Punjab Mental Hospital Lahore 1932-46 - 1932-1946
Year: 1932
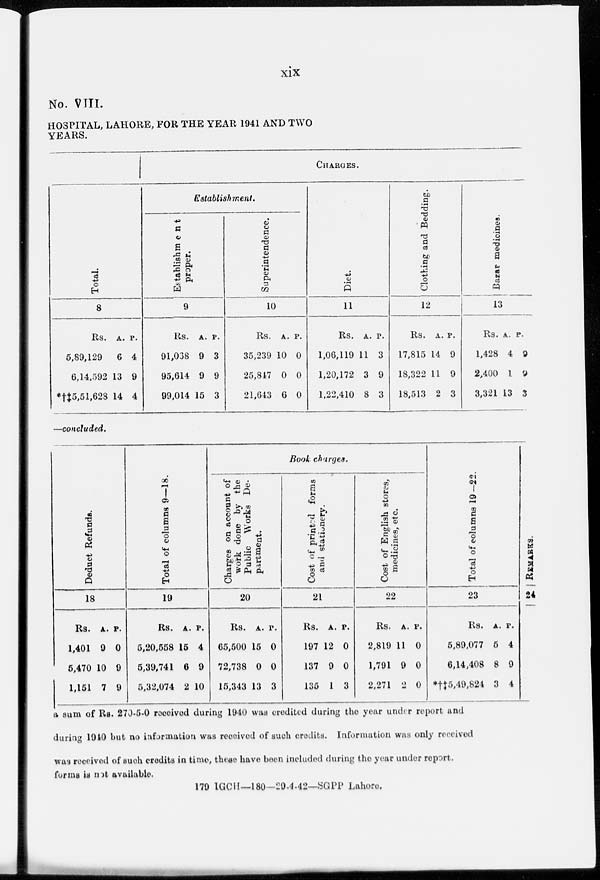
xix
No. VIII.
HOSPITAL, LAHORE, FOR THE YEAR 1941 AND TWO
YEARS.
Total.
8
Rs.
5,89,129
6,14,592
*†‡5,51,628
A.
6
13
14
P.
4
9
4
CHARGES.
Establishment.
Establishment
proper.
9
Rs.
91,038
95,614
99,014
A.
9
9
15
P.
3
9
3
Superintendence.
10
Rs.
35,239
25,847
21,643
A.
10
0
6
P.
0
0
0
Diet.
11
Rs.
1,06,119
1,20,172
1,22,410
A.
11
3
8
P.
3
9
3
Clothing and Bedding.
12
Rs.
17,815
18,322
18,513
A.
14
11
2
P.
9
9
3
Bazar medicines.
13
Rs.
1,428
2,400
3,321
A.
4
1
13
P.
9
9
3
—concluded.
Deduct Refunds.
18
Rs.
1,401
5,470
1,151
A.
9
10
7
P.
0
9
9
Total of columns 9—18.
19
Rs.
5,20,558
5,39,741
5,32,074
A.
15
6
2
P.
4
9
10
Book charges.
Charges
on account of
work done by the
Public Works De-
partment.
20
Rs.
65,500
72,738
15,343
A.
15
0
13
P.
0
0
3
Cost of printed forms
and stationery.
21
Rs.
197
137
135
A.
12
9
1
P.
0
0
3
Cost of English stores,
medicines, etc.
22
Rs.
2,819
1,791
2,271
A.
11
9
2
P.
0
0
0
Total of columns 19—22.
23
Rs.
5,89,077
6,14,408
*†‡5,49,824
A.
5
8
3
P.
4
9
4
REMARKS.
24
a sum of Rs. 270-5-0 received during 1940 was credited during the year under report and
during 1940 but no information was received of such credits. Information was only received
was received of such credits in time, these have been included during the year under report.
forms is not available.
179 IGCH—180-29-4-42—SGPP Lahore.